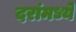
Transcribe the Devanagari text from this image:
दरांमध्ये